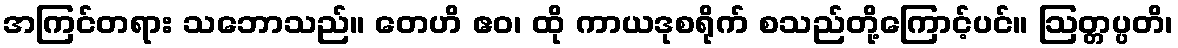
အကြင်တရား သဘောသည်။ တေဟိ ဧဝ၊ ထို ကာယဒုစရိုက် စသည်တို့ကြောင့်ပင်။ ဩတ္တပ္ပတိ၊